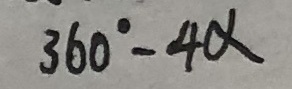
3 6 0 ^ { \circ } - 4 \alpha